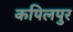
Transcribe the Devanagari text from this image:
कपिलपुर